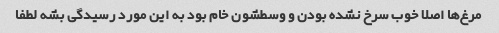
مرغ‌ها اصلا خوب سرخ نشده بودن و وسطشون خام بود به این مورد رسیدگی بشه لطفا